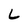
Character: L